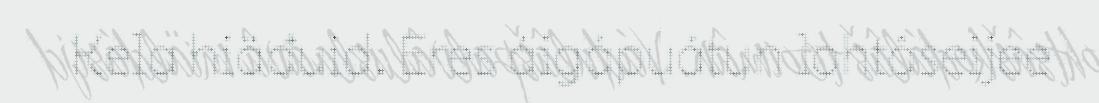
Kela hiäđuid. Eres áigápuátun lohtâseijee